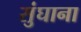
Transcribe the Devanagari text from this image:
सुंघाना